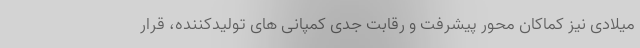
میلادی نیز کماکان محور پیشرفت و رقابت جدی کمپانی های تولیدکننده، قرار